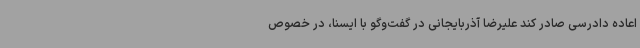
اعاده دادرسی صادر کند علیرضا آذربایجانی در گفت‌وگو با ایسنا، در خصوص